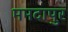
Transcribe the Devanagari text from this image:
ममदापुर